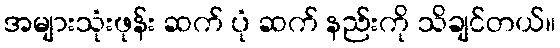
အများသုံးဖုန်း ဆက် ပုံ ဆက် နည်းကို သိချင်တယ်။